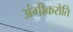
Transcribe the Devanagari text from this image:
अंगीकरोति